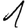
Digit: 1